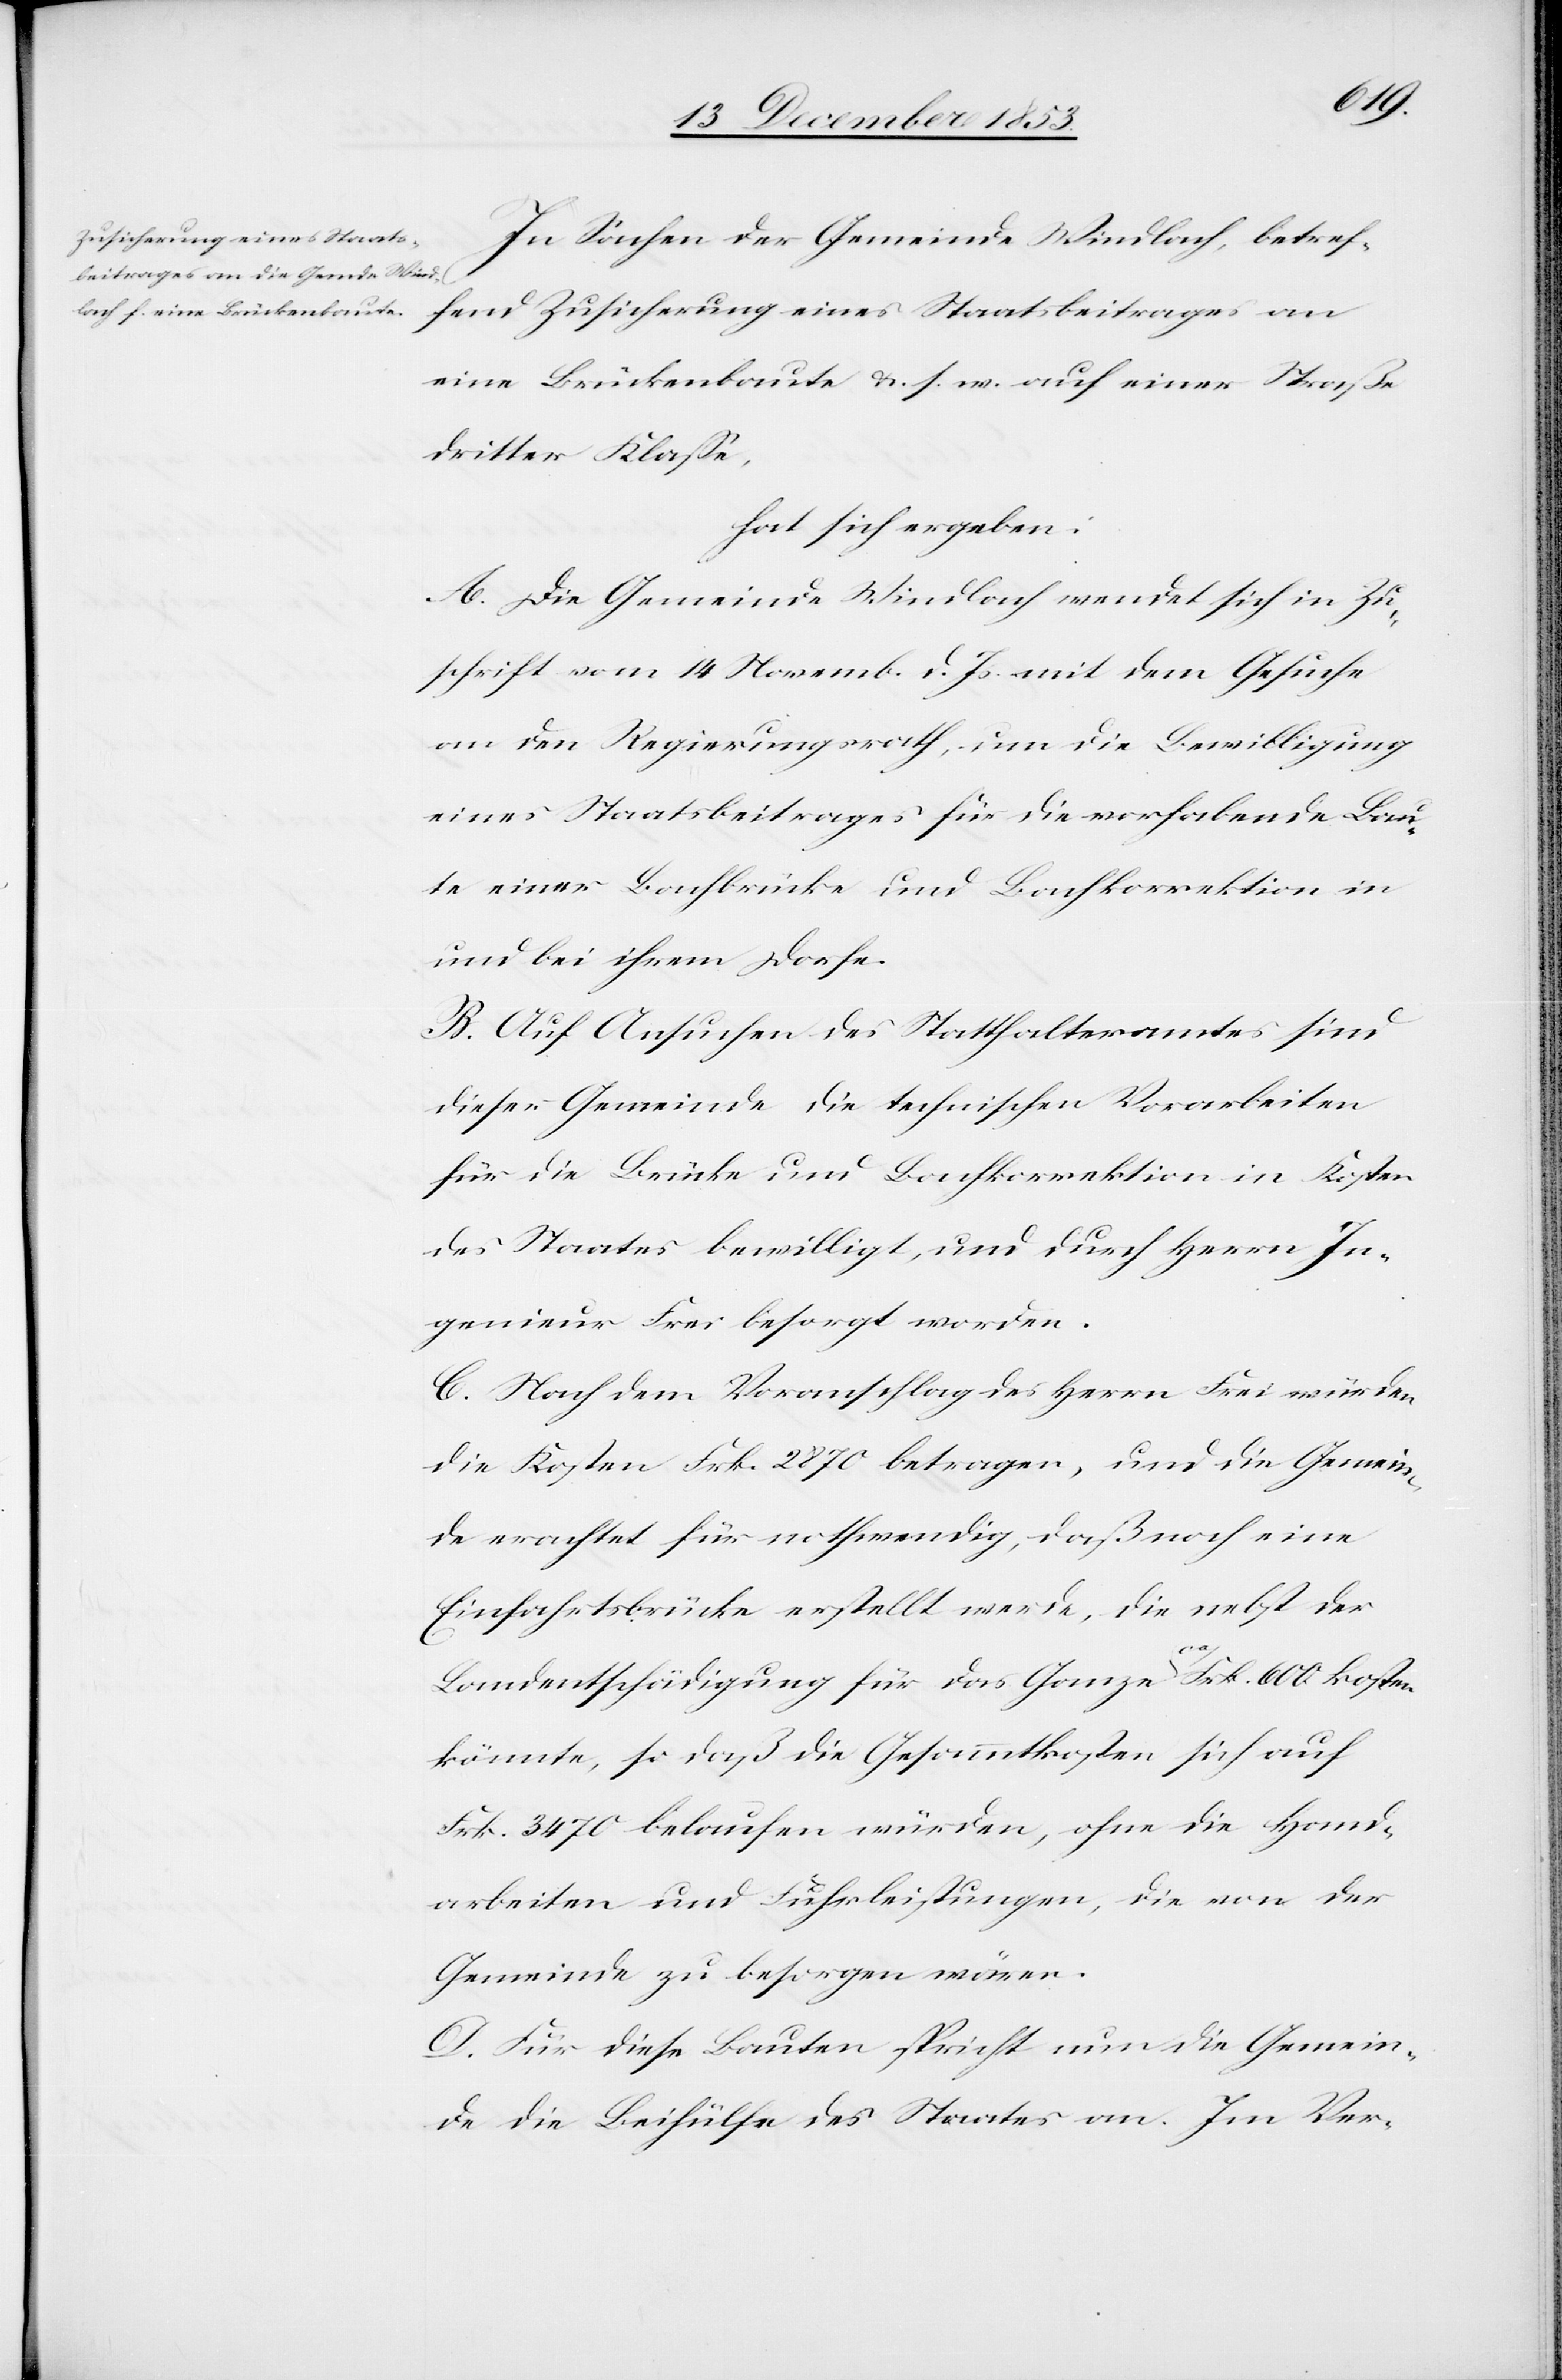
In Sachen der Gemeinde Windlach, betref¬
fend Zusicherung eines Staatsbeitrages an
eine Brückenbaute u. s. w. auf einer Straße
dritter Klaße,
hat sich ergeben:
A. Die Gemeinde Windlach wendet sich in Zu¬
schrift vom 14 Novemb. d. Js. mit dem Gesuche
an den Regierungsrath, um die Bewilligung
eines Staatsbeitrages für die vorhabende Bau¬
te einer Bachbrücke und Bachkorrektion in
und bei ihrem Dorfe.
B. Auf Ansuchen des Statthalteramtes sind
dieser Gemeinde die technischen Vorarbeiten
für die Brücke und Bachkorrektion in Kosten
des Staates bewilligt, und durch Herrn In¬
genieur Frei besorgt worden.
C. nach dem Voranschlag des Herrn Frei würden
die Kosten Frk. 2870 betragen, und die Gemein¬
de erachtet für nothwendig, daß noch eine
Einfahrtsbrücke erstellt werde, die nebst der
Landentschädigung für das Ganze ca Frk. 600 kosten
könnte, so daß die Gesammtkosten sich auf
Frk. 3470 belaufen würden, ohne die Hand¬
arbeiten und Fuhrleistungen, die von der
Gemeinde zu besorgen wären.
D. Für diese Bauten spricht nun die Gemein¬
de die Beihülfe des Staates an. Im Ver-